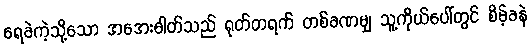
ရေခဲကဲ့သို့သော အအေးဓါတ်သည် ရုတ်တရက် တစ်ခဏမျှ သူ့ကိုယ်ပေါ်တွင် စိမ့်ခနဲ